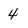
Character: 4